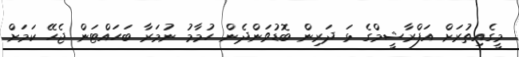
މީގެއިތުރަށް އަފްރާޝީމްގެ ޅަ ދަރިން ބޮޑުވަންދެން ހުމާމު ނުމަރާ ބަހައްޓަން ޖެހޭ ކަމަށް